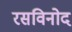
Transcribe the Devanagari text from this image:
रसविनोद